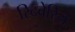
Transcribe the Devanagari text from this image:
रिदबेरिय